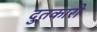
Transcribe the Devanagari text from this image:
दुतकारी